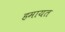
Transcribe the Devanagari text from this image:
हमायत